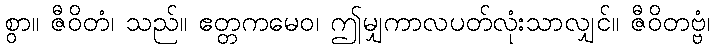
စွာ။ ဇီဝိတံ၊ သည်။ ဧတ္တကမေဝ၊ ဤမျှကာလပတ်လုံးသာလျှင်။ ဇီဝိတဗ္ဗံ၊